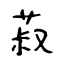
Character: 菽